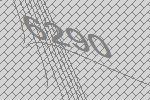
6290